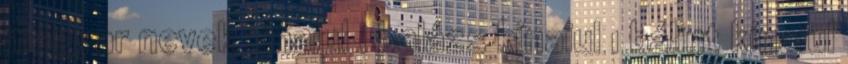
magyar nevek kínaiul 1 balázs kínaiul 1 bálint kínaiul